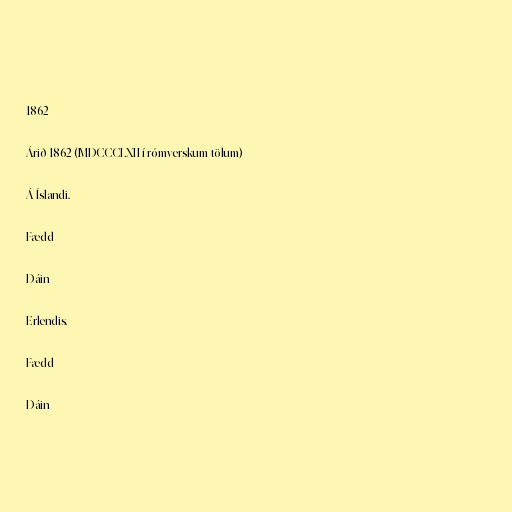
1862

Árið 1862 (MDCCCLXII í rómverskum tölum)

Á Íslandi.

Fædd

Dáin

Erlendis.

Fædd

Dáin